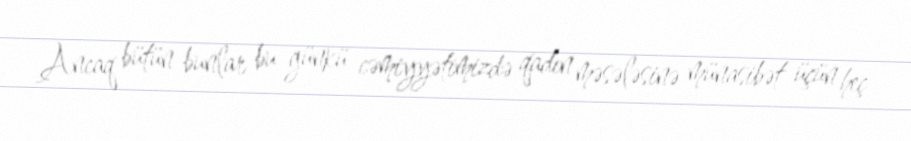
Ancaq bütün bunlar bu günkü cəmiyyətimizdə qadın məsələsinə münasibət üçün heç